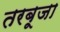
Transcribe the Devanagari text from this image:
तरबूजा